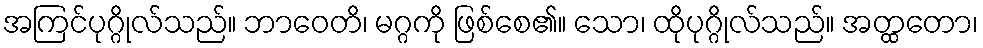
အကြင်ပုဂ္ဂိုလ်သည်။ ဘာဝေတိ၊ မဂ္ဂကို ဖြစ်စေ၏။ သော၊ ထိုပုဂ္ဂိုလ်သည်။ အတ္ထတော၊